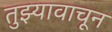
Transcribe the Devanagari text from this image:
तुझ्यावाचून